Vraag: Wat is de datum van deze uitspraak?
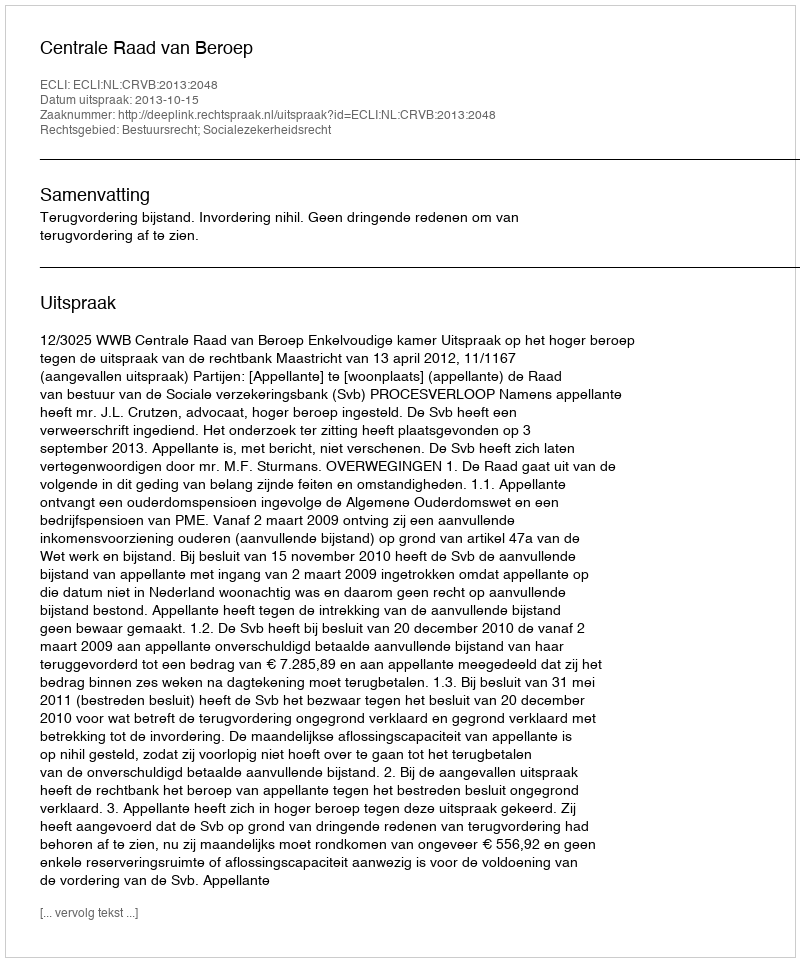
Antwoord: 2013-10-15